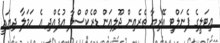
އިޓަލީގެ ޕެނަލްޓީ އޭރިޔާ ތެރެއިން ޖޫލިއަން ޑްރެކްސްލާ އުފެއްދި އެ ހަމަލާ ދިޔައީ